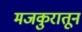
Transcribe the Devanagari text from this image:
मजकुरातून